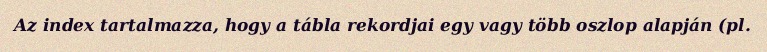
Az index tartalmazza, hogy a tábla rekordjai egy vagy több oszlop alapján (pl.